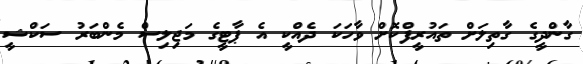
ގާންދީގެ ގާތިލަށް ތައުރީފްކޮށް ވާހަކަ ދެއްކީ އެ ޕާޓީގެ މަޖިލިސް މެންބަރު ސަކްޝީ